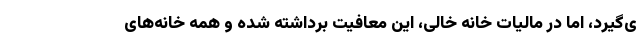
ی‌گیرد، اما در مالیات خانه خالی، این معافیت برداشته شده و همه خانه‌های